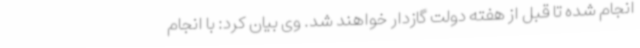
انجام شده تا قبل از هفته دولت گازدار خواهند شد. وی بیان کرد: با انجام